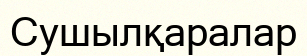
Сушылқаралар